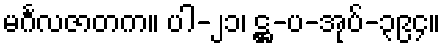
မင်္ဂလဇာတက။ ပါ-၂၁၊ ဋ္ဌ-ပ-အုပ်-၃၉၄။